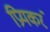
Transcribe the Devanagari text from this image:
प्रियकरं